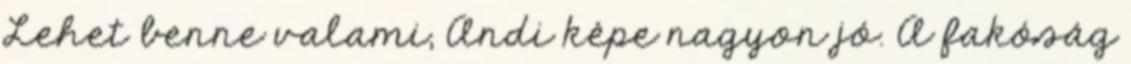
Lehet benne valami, Andi képe nagyon jó. A fakóság